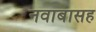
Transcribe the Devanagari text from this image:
नवाबासह